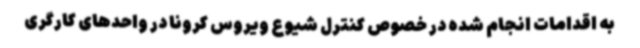
به اقدامات انجام شده در خصوص کنترل شیوع ویروس کرونا در واحدهای کارگری